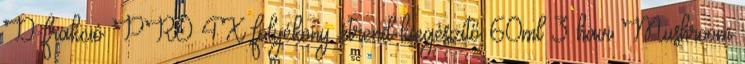
D-frakció PRO 4X folyékony étrend-kiegészítő 60ml 3 havi Mushroom